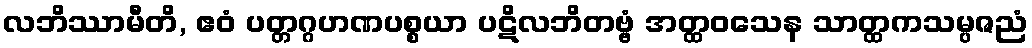
လဘိဿာမီတိ, ဧဝံ ပတ္တဂ္ဂဟဏပစ္စယာ ပဋိလဘိတဗ္ဗံ အတ္ထဝသေန သာတ္ထကသမ္ပဇညံ